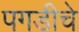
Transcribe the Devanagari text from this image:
पगडीचे